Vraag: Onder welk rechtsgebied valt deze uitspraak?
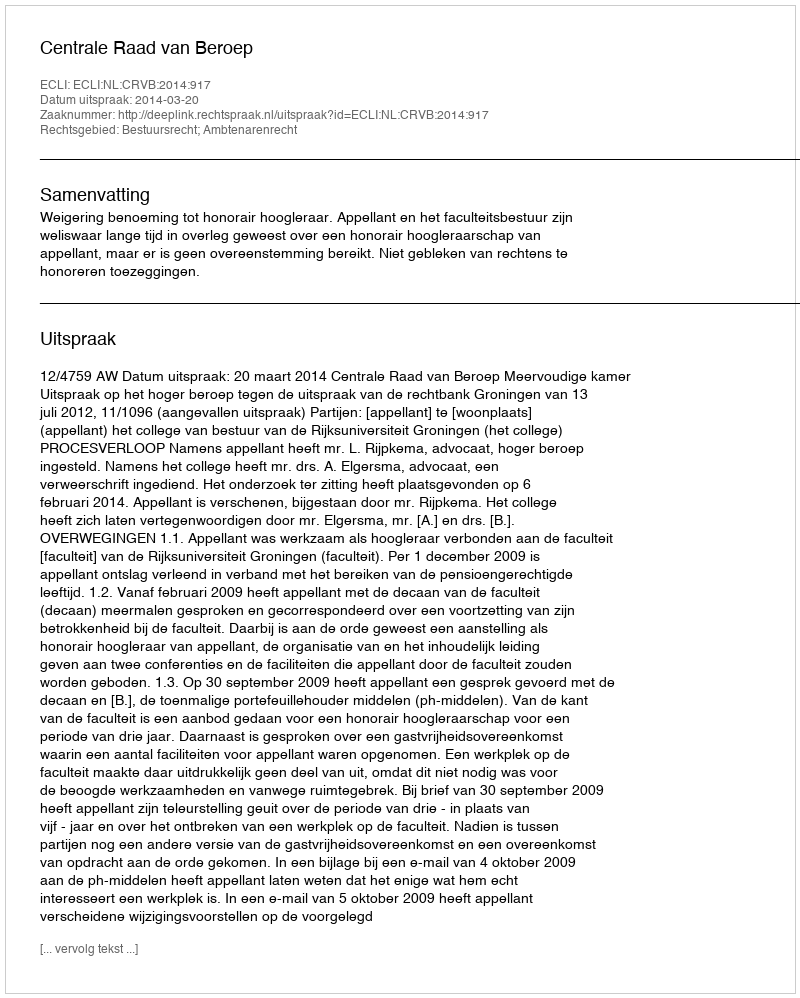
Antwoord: Bestuursrecht; Ambtenarenrecht